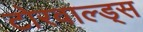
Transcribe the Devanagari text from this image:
टोरवाल्ड्स